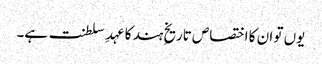
یوں تو ان کا اختصاص تاریخِ ہند کا عہدِ سلطنت ہے۔